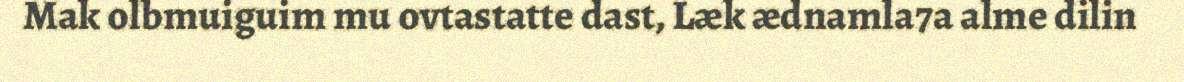
Mak olbmuiguim mu ovtastatte dast, Læk ædnamla7a alme dilin